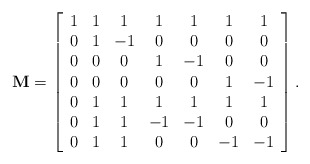
\begin{align*}\centering \mathbf{M}=\left[\begin{array}{ccccccc}1 & 1 & 1 & 1 & 1 & 1 & 1 \\0 & 1 & -1 & 0 & 0 & 0 & 0 \\0 & 0 & 0 & 1 & -1 & 0 & 0 \\0 & 0 & 0 & 0 & 0 & 1 & -1 \\0 & 1 & 1 & 1 & 1 & 1 & 1 \\0 & 1 & 1 & -1 & -1 & 0 & 0 \\0 & 1 & 1 & 0 & 0 & -1 & -1\end{array}\right].\end{align*}